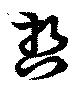
哲